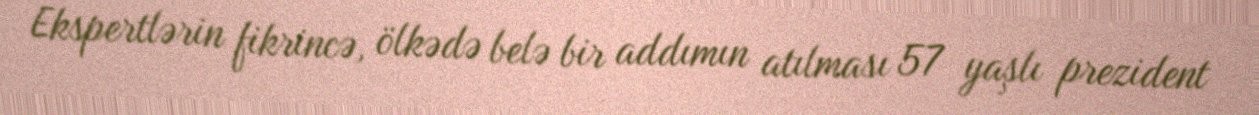
Ekspertlərin fikrincə, ölkədə belə bir addımın atılması 57 yaşlı prezident